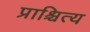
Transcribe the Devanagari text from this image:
प्राश्चित्य